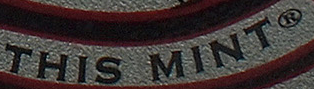
THIS MINT ®